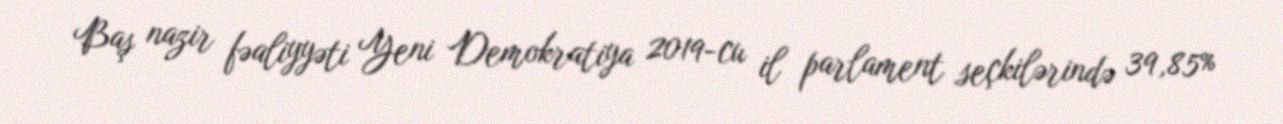
Baş nazir fəaliyyəti Yeni Demokratiya 2019-cu il parlament seçkilərində 39,85%